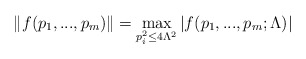
\begin{align*}\|f(p_1, ...,p_m)\|=\max_{p_i^2\leq4\Lambda^2}|f(p_1, ... ,p_m;\Lambda)|\end{align*}